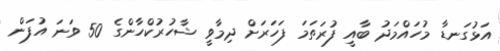
އަޅުގަނޑާ މުހައްމަދު ބާއީ ފުރަތަމަ ފަހަރަށް ދިމާވީ ޝާހުރުކްހާންގެ 50 ވަނަ އުފަން